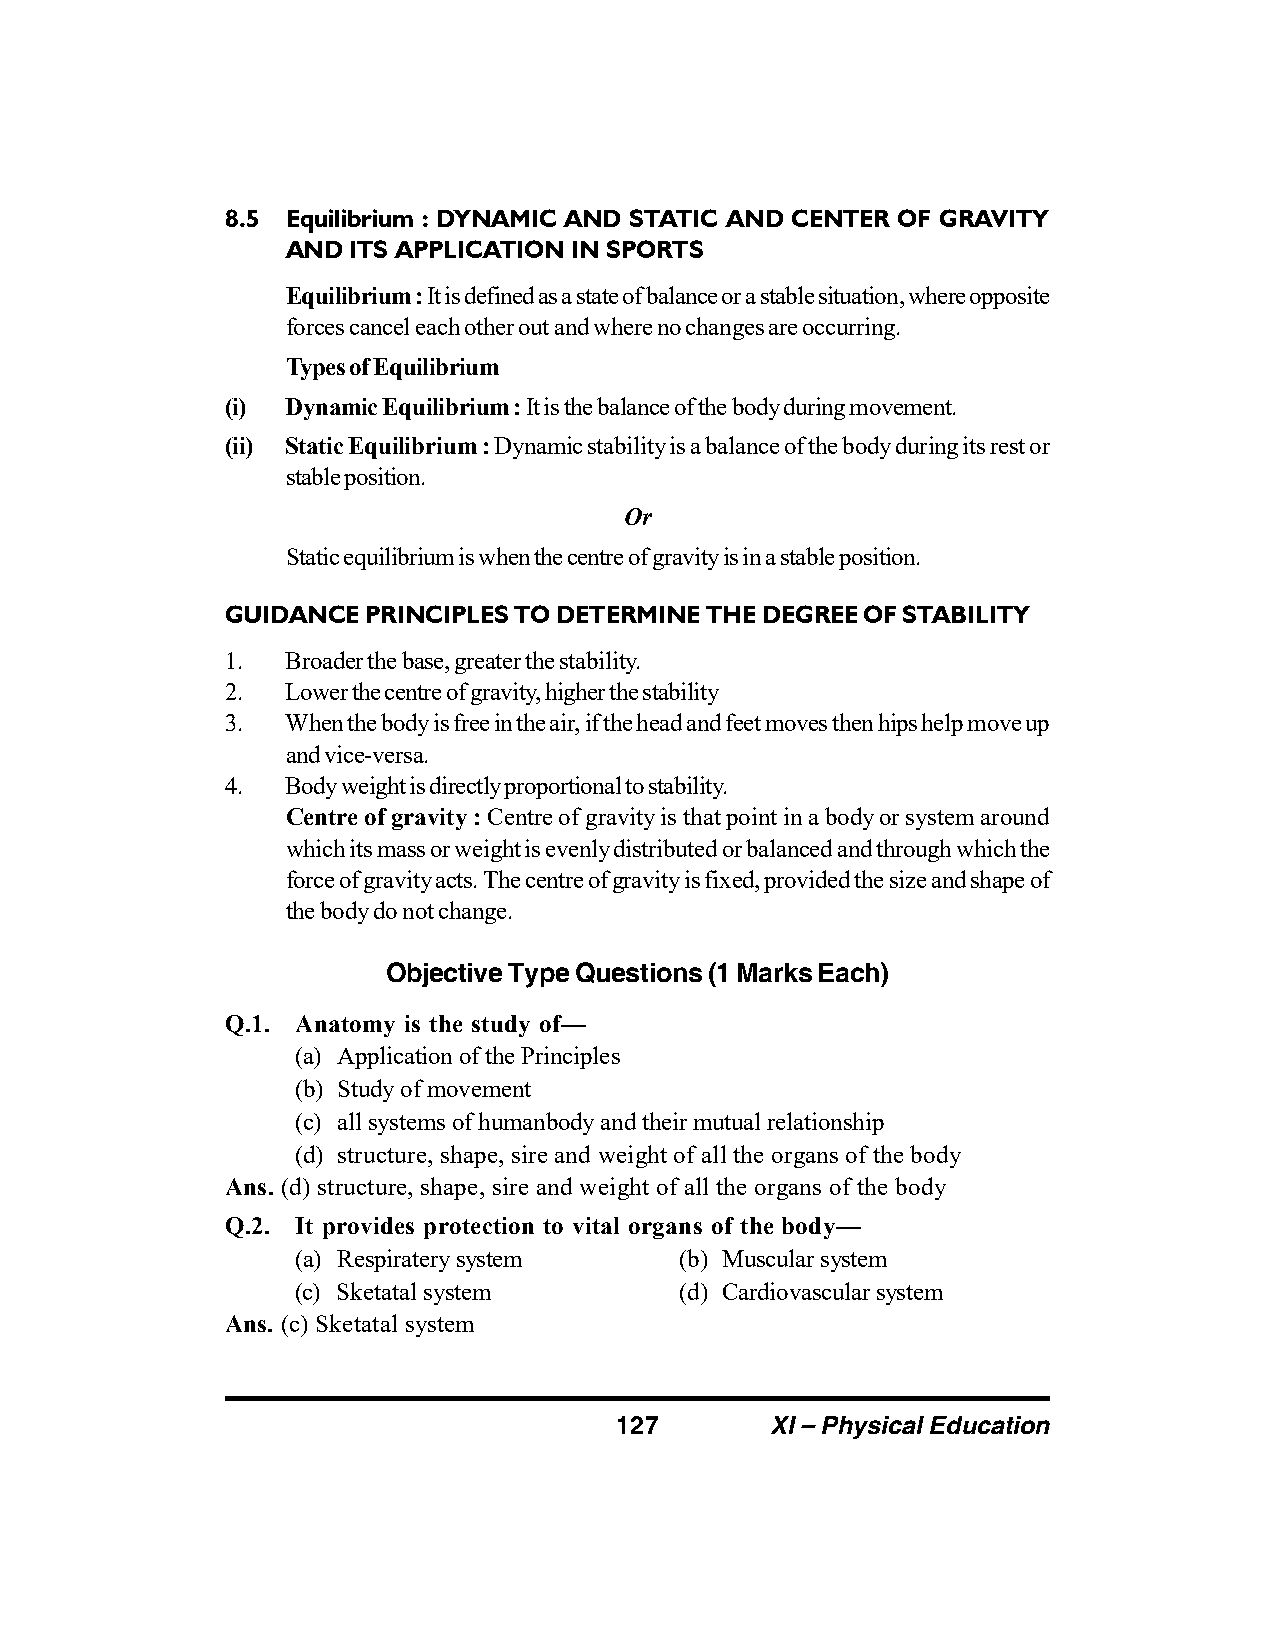
8.5 Equilibrium : DYNAMIC AND STATIC AND CENTER OF GRAVITY
 AND ITS APPLICATION IN SPORTS
 Equilibrium : It is defined as a state of balance or a stable situation, where opposite
 forces cancel each other out and where no changes are occurring.
 Types of Equilibrium
 (i) Dynamic Equilibrium : It is the balance of the body during movement.
 (ii) Static Equilibrium : Dynamic stability is a balance of the body during its rest or
 stable position.
 Or
 Static equilibrium is when the centre of gravity is in a stable position.
 GUIDANCE PRINCIPLES TO DETERMINE THE DEGREE OF STABILITY
 1.  Broader the base, greater the stability.
 2.  Lower the centre of gravity, higher the stability
 3.  When the body is free in the air, if the head and feet moves then hips help move up
 and vice-versa.
 4.  Body weight is directly proportional to stability.
 Centre of gravity : Centre of gravity is that point in a body or system around
 which its mass or weight is evenly distributed or balanced and through which the
 force of gravity acts. The centre of gravity is fixed, provided the size and shape of
 the body do not change.
 Objective Type Questions (1 Marks Each)
 Q.1. Anatomy is the study of—
 (a) Application of the Principles
 (b) Study of movement
 (c) all systems of humanbody and their mutual relationship
 (d) structure, shape, sire and weight of all the organs of the body
 Ans. (d) structure, shape, sire and weight of all the organs of the body
 Q.2. It provides protection to vital organs of the body—
 (a) Respiratery system   (b) Muscular system
 (c) Sketatal system      (d) Cardiovascular system
 Ans. (c) Sketatal system
 127       XI – Physical Education